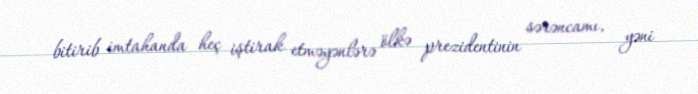
bitirib imtahanda heç iştirak etməyənlərə ölkə prezidentinin sərəncamı, yəni